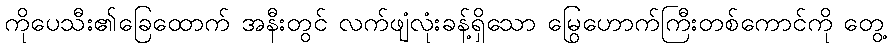
ကိုပေသီး၏ခြေထောက် အနီးတွင် လက်ဖျံလုံးခန့်ရှိသော မြွေဟောက်ကြီးတစ်ကောင်ကို တွေ့